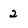
Character: 2